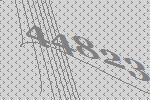
44823